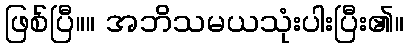
ဖြစ်ပြီ။။ အဘိသမယသုံးပါးပြီး၏။